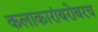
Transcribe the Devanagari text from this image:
कलाकारांबरोबरच